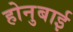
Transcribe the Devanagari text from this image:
होनुबाई